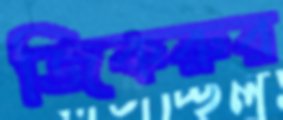
জিকরুর